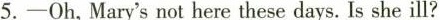
5.-Oh,Mary's not here these days. Is she ill?